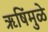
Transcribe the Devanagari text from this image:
ऋषिंमुळे